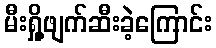
မီးရှို့ဖျက်ဆီးခဲ့ကြောင်း